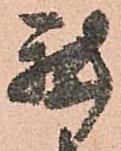
我